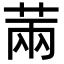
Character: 䓣